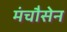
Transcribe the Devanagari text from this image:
मंचौसेन